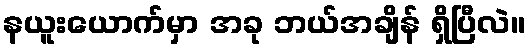
နယူးယောက်မှာ အခု ဘယ်အချိန် ရှိပြီလဲ။